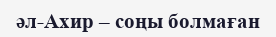
әл-Ахир – соңы болмаған